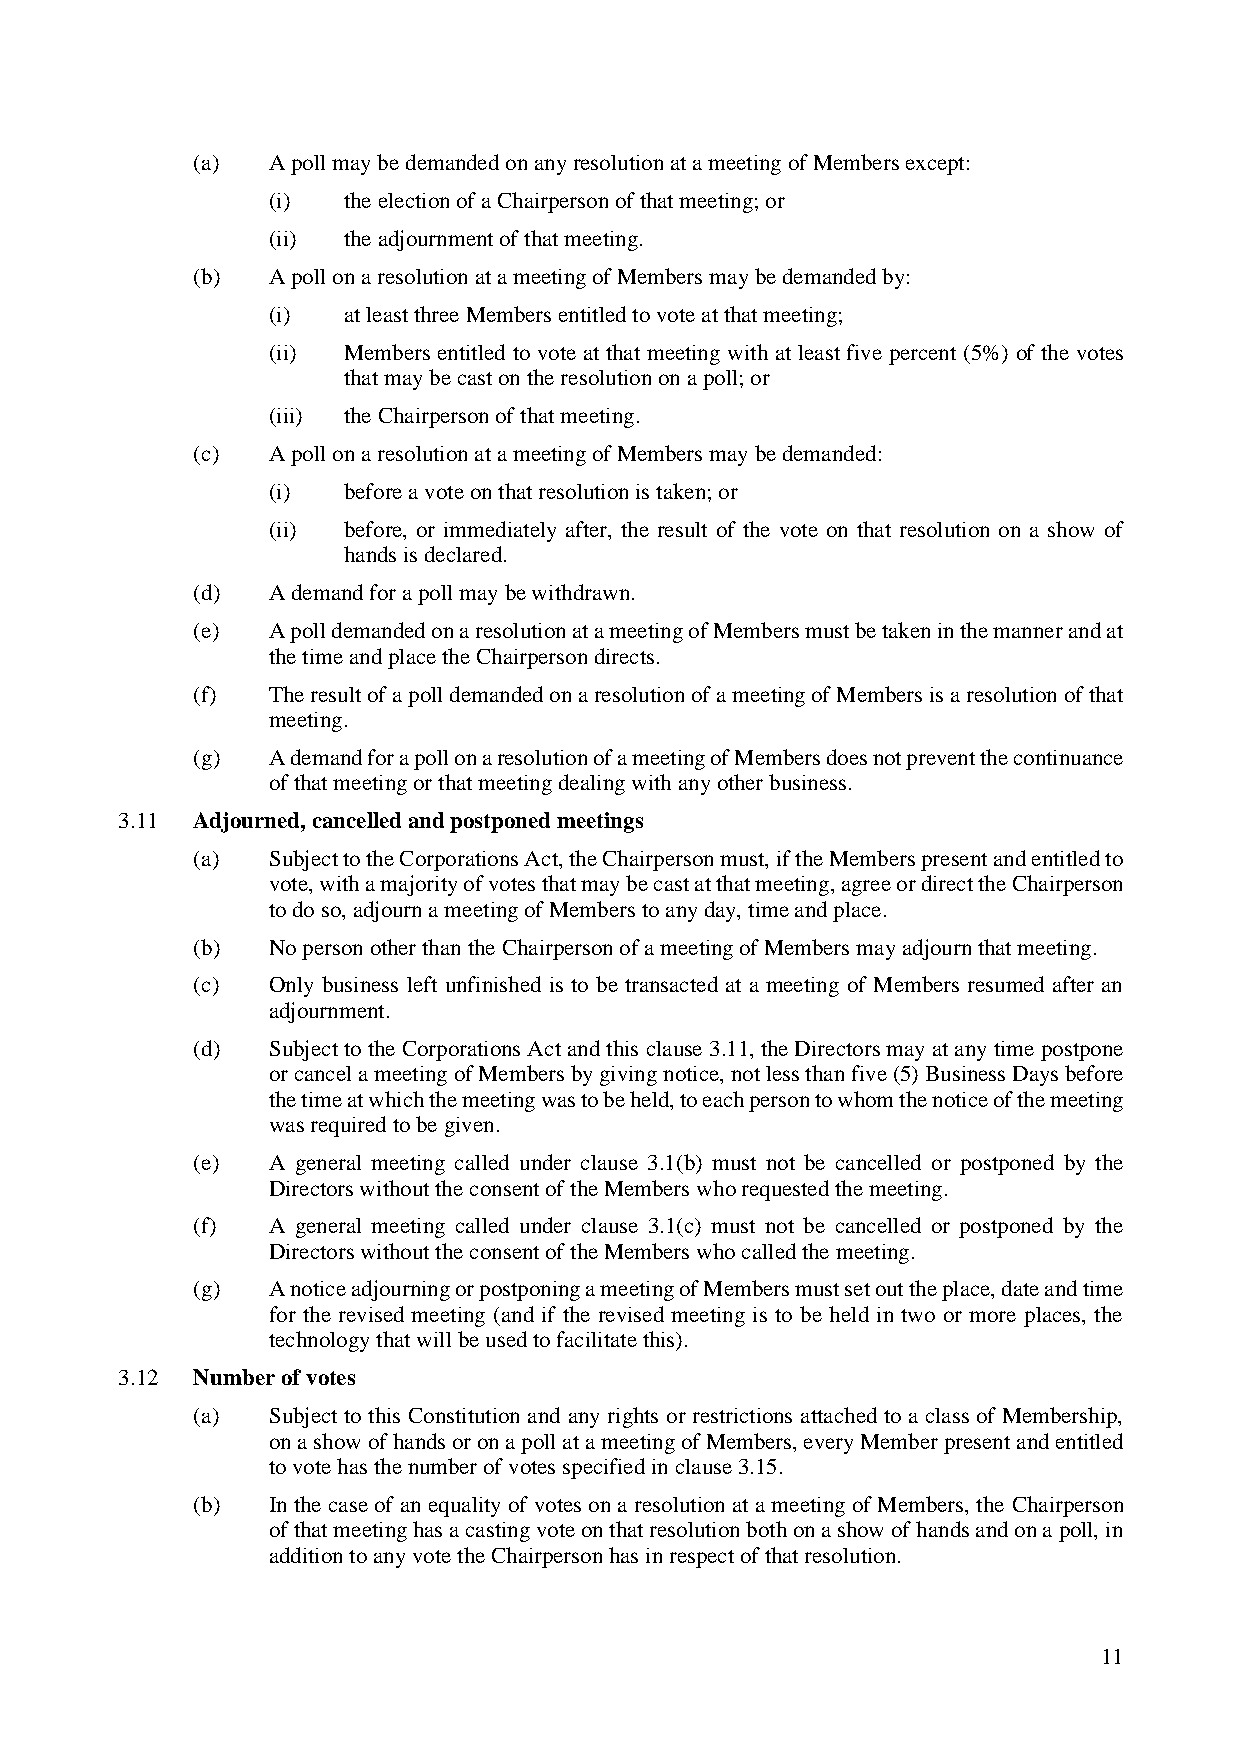
(a)  A poll may be demanded on any resolution at a meeting of Members except:
 (i)  the election of a Chairperson of that meeting; or
 (ii) the adjournment of that meeting.
 (b)  A poll on a resolution at a meeting of Members may be demanded by:
 (i)  at least three Members entitled to vote at that meeting;
 (ii) Members entitled to vote at that meeting with at least five percent (5%) of the votes
 that may be cast on the resolution on a poll; or
 (iii) the Chairperson of that meeting.
 (c)  A poll on a resolution at a meeting of Members may be demanded:
 (i)  before a vote on that resolution is taken; or
 (ii) before, or immediately after, the result of the vote on that resolution on a show of
 hands is declared.
 (d)  A demand for a poll may be withdrawn.
 (e)  A poll demanded on a resolution at a meeting of Members must be taken in the manner and at
 the time and place the Chairperson directs.
 (f)  The result of a poll demanded on a resolution of a meeting of Members is a resolution of that
 meeting.
 (g)  A demand for a poll on a resolution of a meeting of Members does not prevent the continuance
 of that meeting or that meeting dealing with any other business.
 3.11 Adjourned, cancelled and postponed meetings
 (a)  Subject to the Corporations Act, the Chairperson must, if the Members present and entitled to
 vote, with a majority of votes that may be cast at that meeting, agree or direct the Chairperson
 to do so, adjourn a meeting of Members to any day, time and place.
 (b)  No person other than the Chairperson of a meeting of Members may adjourn that meeting.
 (c)  Only business left unfinished is to be transacted at a meeting of Members resumed after an
 adjournment.
 (d)  Subject to the Corporations Act and this clause 3.11, the Directors may at any time postpone
 or cancel a meeting of Members by giving notice, not less than five (5) Business Days before
 the time at which the meeting was to be held, to each person to whom the notice of the meeting
 was required to be given.
 (e)  A general meeting called under clause 3.1(b) must not be cancelled or postponed by the
 Directors without the consent of the Members who requested the meeting.
 (f)  A general meeting called under clause 3.1(c) must not be cancelled or postponed by the
 Directors without the consent of the Members who called the meeting.
 (g)  A notice adjourning or postponing a meeting of Members must set out the place, date and time
 for the revised meeting (and if the revised meeting is to be held in two or more places, the
 technology that will be used to facilitate this).
 3.12 Number of votes
 (a)  Subject to this Constitution and any rights or restrictions attached to a class of Membership,
 on a show of hands or on a poll at a meeting of Members, every Member present and entitled
 to vote has the number of votes specified in clause 3.15.
 (b)  In the case of an equality of votes on a resolution at a meeting of Members, the Chairperson
 of that meeting has a casting vote on that resolution both on a show of hands and on a poll, in
 addition to any vote the Chairperson has in respect of that resolution.
 11